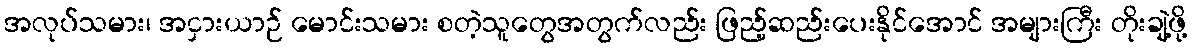
အလုပ်သမား၊ အငှားယာဉ် မောင်းသမား စတဲ့သူတွေအတွက်လည်း ဖြည့်ဆည်းပေးနိုင်အောင် အများကြီး တိုးချဲ့ဖို့